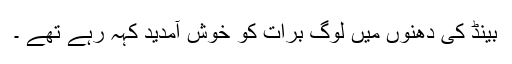
بینڈ کی دھنوں میں لوگ برات کو خوش آمدید کہہ رہے تھے ۔